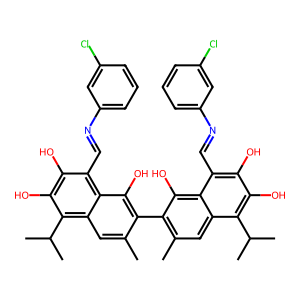
SMILES: Cc1cc2c(C(C)C)c(O)c(O)c(C=Nc3cccc(Cl)c3)c2c(O)c1-c1c(C)cc2c(C(C)C)c(O)c(O)c(C=Nc3cccc(Cl)c3)c2c1O
Inhibits HIV replication: No